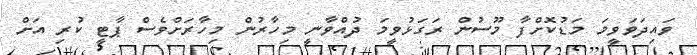
ވައިދަވަވީމަ މަޑުކޮށްފާ މޫސުން ރަގަޅުވީމަ ދުއްވާނީ މިހާރުން މިހާރަށްވެސް ޕާޓީ ކުރި އަށް